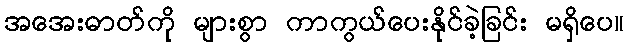
အအေးဓာတ်ကို များစွာ ကာကွယ်ပေးနိုင်ခဲ့ခြင်း မရှိပေ။